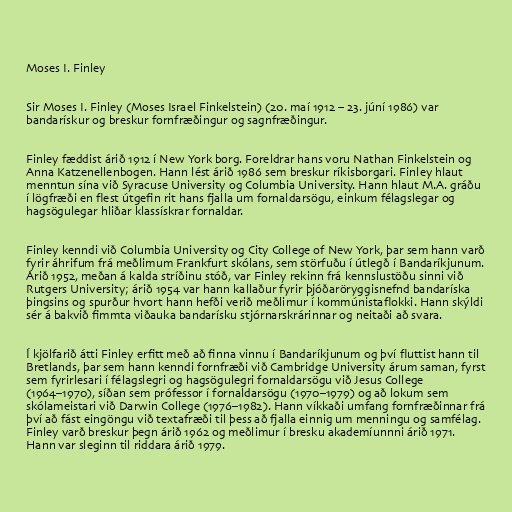
Moses I. Finley

Sir Moses I. Finley (Moses Israel Finkelstein) (20. maí 1912 – 23. júní 1986) var
bandarískur og breskur fornfræðingur og sagnfræðingur.

Finley fæddist árið 1912 í New York borg. Foreldrar hans voru Nathan Finkelstein og
Anna Katzenellenbogen. Hann lést árið 1986 sem breskur ríkisborgari. Finley hlaut
menntun sína við Syracuse University og Columbia University. Hann hlaut M.A. gráðu
í lögfræði en flest útgefin rit hans fjalla um fornaldarsögu, einkum félagslegar og
hagsögulegar hliðar klassískrar fornaldar.

Finley kenndi við Columbia University og City College of New York, þar sem hann varð
fyrir áhrifum frá meðlimum Frankfurt skólans, sem störfuðu í útlegð í Bandaríkjunum.
Árið 1952, meðan á kalda stríðinu stóð, var Finley rekinn frá kennslustöðu sinni við
Rutgers University; árið 1954 var hann kallaður fyrir þjóðaröryggisnefnd bandaríska
þingsins og spurður hvort hann hefði verið meðlimur í kommúnistaflokki. Hann skýldi
sér á bakvið fimmta viðauka bandarísku stjórnarskrárinnar og neitaði að svara.

Í kjölfarið átti Finley erfitt með að finna vinnu í Bandaríkjunum og því fluttist hann til
Bretlands, þar sem hann kenndi fornfræði við Cambridge University árum saman, fyrst
sem fyrirlesari í félagslegri og hagsögulegri fornaldarsögu við Jesus College
(1964–1970), síðan sem prófessor í fornaldarsögu (1970–1979) og að lokum sem
skólameistari við Darwin College (1976–1982). Hann víkkaði umfang fornfræðinnar frá
því að fást eingöngu við textafræði til þess að fjalla einnig um menningu og samfélag.
Finley varð breskur þegn árið 1962 og meðlimur í bresku akademíunnni árið 1971.
Hann var sleginn til riddara árið 1979.